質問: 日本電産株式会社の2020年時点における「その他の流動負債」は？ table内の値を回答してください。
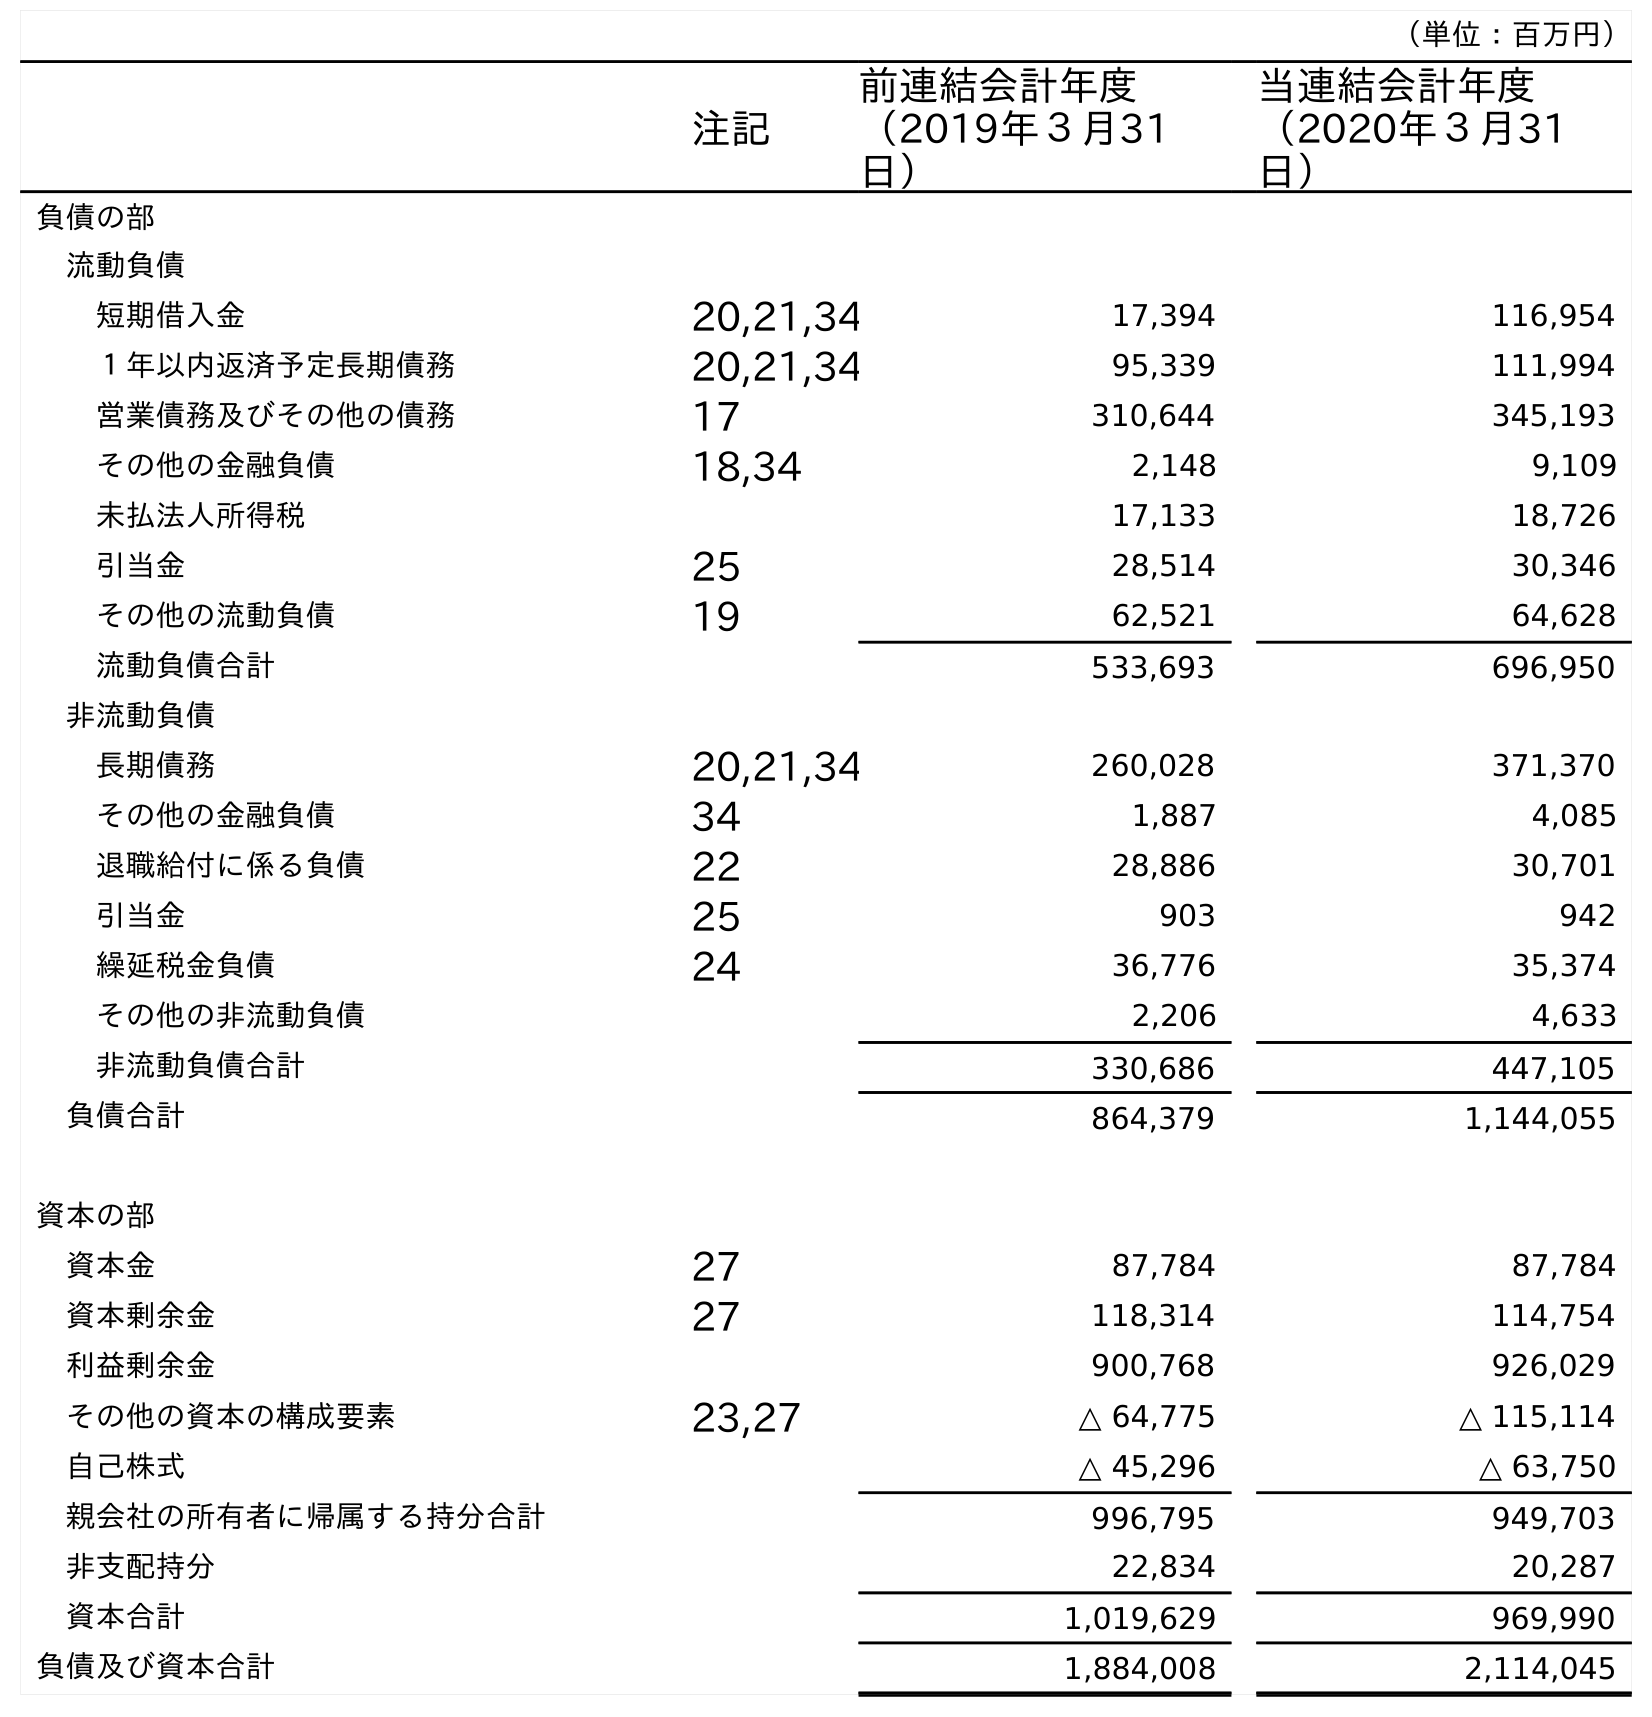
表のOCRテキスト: （単位：百万円） 注記 前連結会計年度 （2019年３月31 日） 当連結会計年度 （2020年３月31 日） 負債の部 流動負債 短期借入金 20,21,34 17,394 116,954 １年以内返済予定長期債務 20,21,34 95,339 111,994 営業債務及びその他の債務 17 310,644 345,193 その他の金融負債 18,34 2,148 9,109 未払法人所得税 17,133 18,726 引当金 25 28,514 30,346 その他の流動負債 19 62,521 64,628 流動負債合計 533,693 696,950 非流動負債 長期債務 20,21,34 260,028 371,370 その他の金融負債 34 1,887 4,085 退職給付に係る負債 22 28,886 30,701 引当金 25 903 942 繰延税金負債 24 36,776 35,374 その他の非流動負債 2,206 4,633 非流動負債合計 330,686 447,105 負債合計 864,379 1,144,055 資本の部 資本金 27 87,784 87,784 資本剰余金 27 118,314 114,754 利益剰余金 900,768 926,029 その他の資本の構成要素 23,27 △ 64,775 △ 115,114 自己株式 △ 45,296 △ 63,750 親会社の所有者に帰属する持分合計 996,795 949,703 非支配持分 22,834 20,287 資本合計 1,019,629 969,990 負債及び資本合計 1,884,008 2,114,045
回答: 64,628